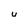
Character: U